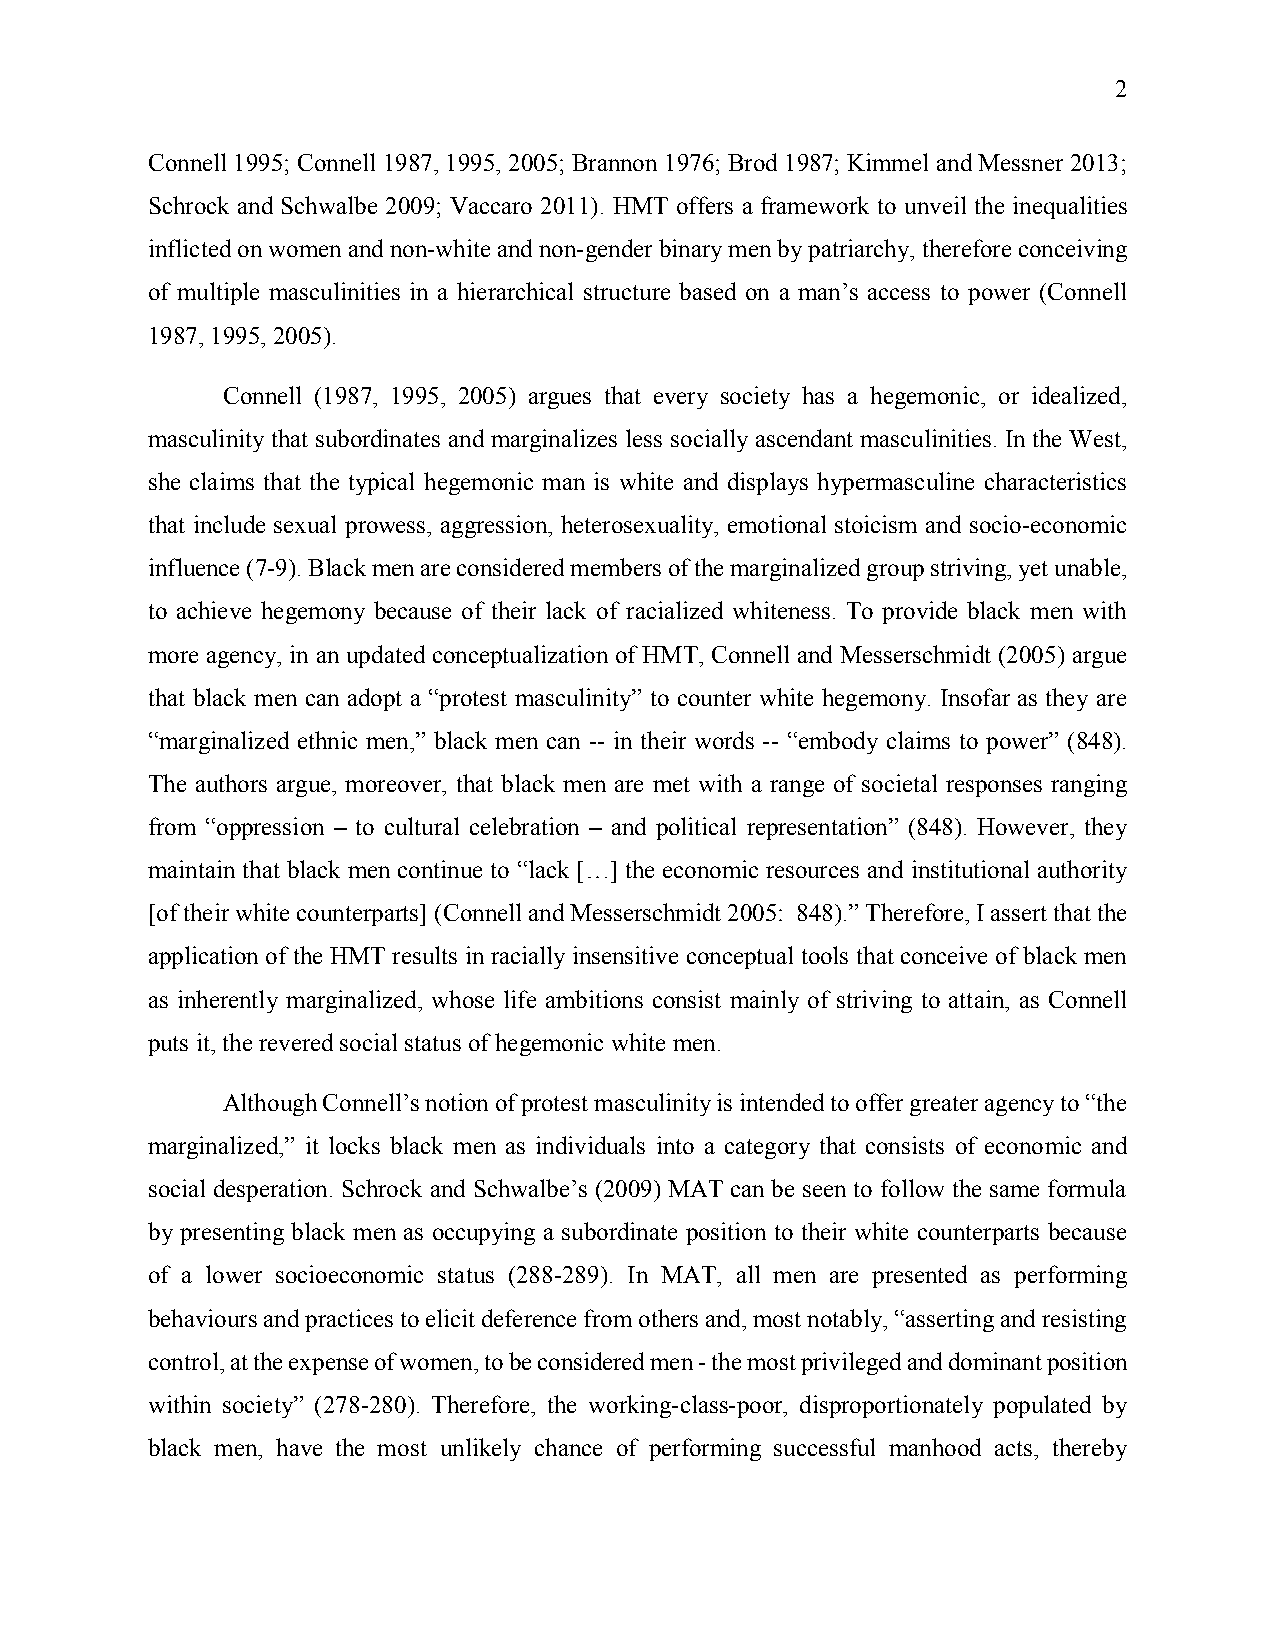
2
 Connell 1995; Connell 1987, 1995, 2005; Brannon 1976; Brod 1987; Kimmel and Messner 2013;
 Schrock and Schwalbe 2009; Vaccaro 2011). HMT offers a framework to unveil the inequalities
 inflicted on women and non-white and non-gender binary men by patriarchy, therefore conceiving
 of multiple masculinities in a hierarchical structure based on a man’s access to power (Connell
 1987, 1995, 2005).
 Connell (1987, 1995, 2005) argues that every society has a hegemonic, or idealized,
 masculinity that subordinates and marginalizes less socially ascendant masculinities. In the West,
 she claims that the typical hegemonic man is white and displays hypermasculine characteristics
 that include sexual prowess, aggression, heterosexuality, emotional stoicism and socio-economic
 influence (7-9). Black men are considered members of the marginalized group striving, yet unable,
 to achieve hegemony because of their lack of racialized whiteness. To provide black men with
 more agency, in an updated conceptualization of HMT, Connell and Messerschmidt (2005) argue
 that black men can adopt a “protest masculinity” to counter white hegemony. Insofar as they are
 “marginalized ethnic men,” black men can -- in their words -- “embody claims to power” (848).
 The authors argue, moreover, that black men are met with a range of societal responses ranging
 from “oppression – to cultural celebration – and political representation” (848). However, they
 maintain that black men continue to “lack […] the economic resources and institutional authority
 [of their white counterparts] (Connell and Messerschmidt 2005: 848).” Therefore, I assert that the
 application of the HMT results in racially insensitive conceptual tools that conceive of black men
 as inherently marginalized, whose life ambitions consist mainly of striving to attain, as Connell
 puts it, the revered social status of hegemonic white men.
 Although Connell’s notion of protest masculinity is intended to offer greater agency to “the
 marginalized,” it locks black men as individuals into a category that consists of economic and
 social desperation. Schrock and Schwalbe’s (2009) MAT can be seen to follow the same formula
 by presenting black men as occupying a subordinate position to their white counterparts because
 of a lower socioeconomic status (288-289). In MAT, all men are presented as performing
 behaviours and practices to elicit deference from others and, most notably, “asserting and resisting
 control, at the expense of women, to be considered men - the most privileged and dominant position
 within society” (278-280). Therefore, the working-class-poor, disproportionately populated by
 black men, have the most unlikely chance of performing successful manhood acts, thereby